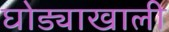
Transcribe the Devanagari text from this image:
घोड्याखाली